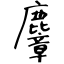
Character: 麞